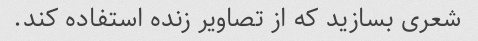
شعری بسازید که از تصاویر زنده استفاده کند.